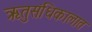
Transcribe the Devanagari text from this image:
ऋतुसंधिकालात